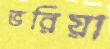
ভরিয়া